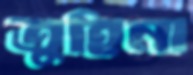
তুহিনা